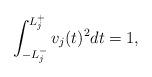
LaTeX: \begin{align*}\int_{-L_j^-}^{L_j^+}v_j(t)^2dt=1,\end{align*}